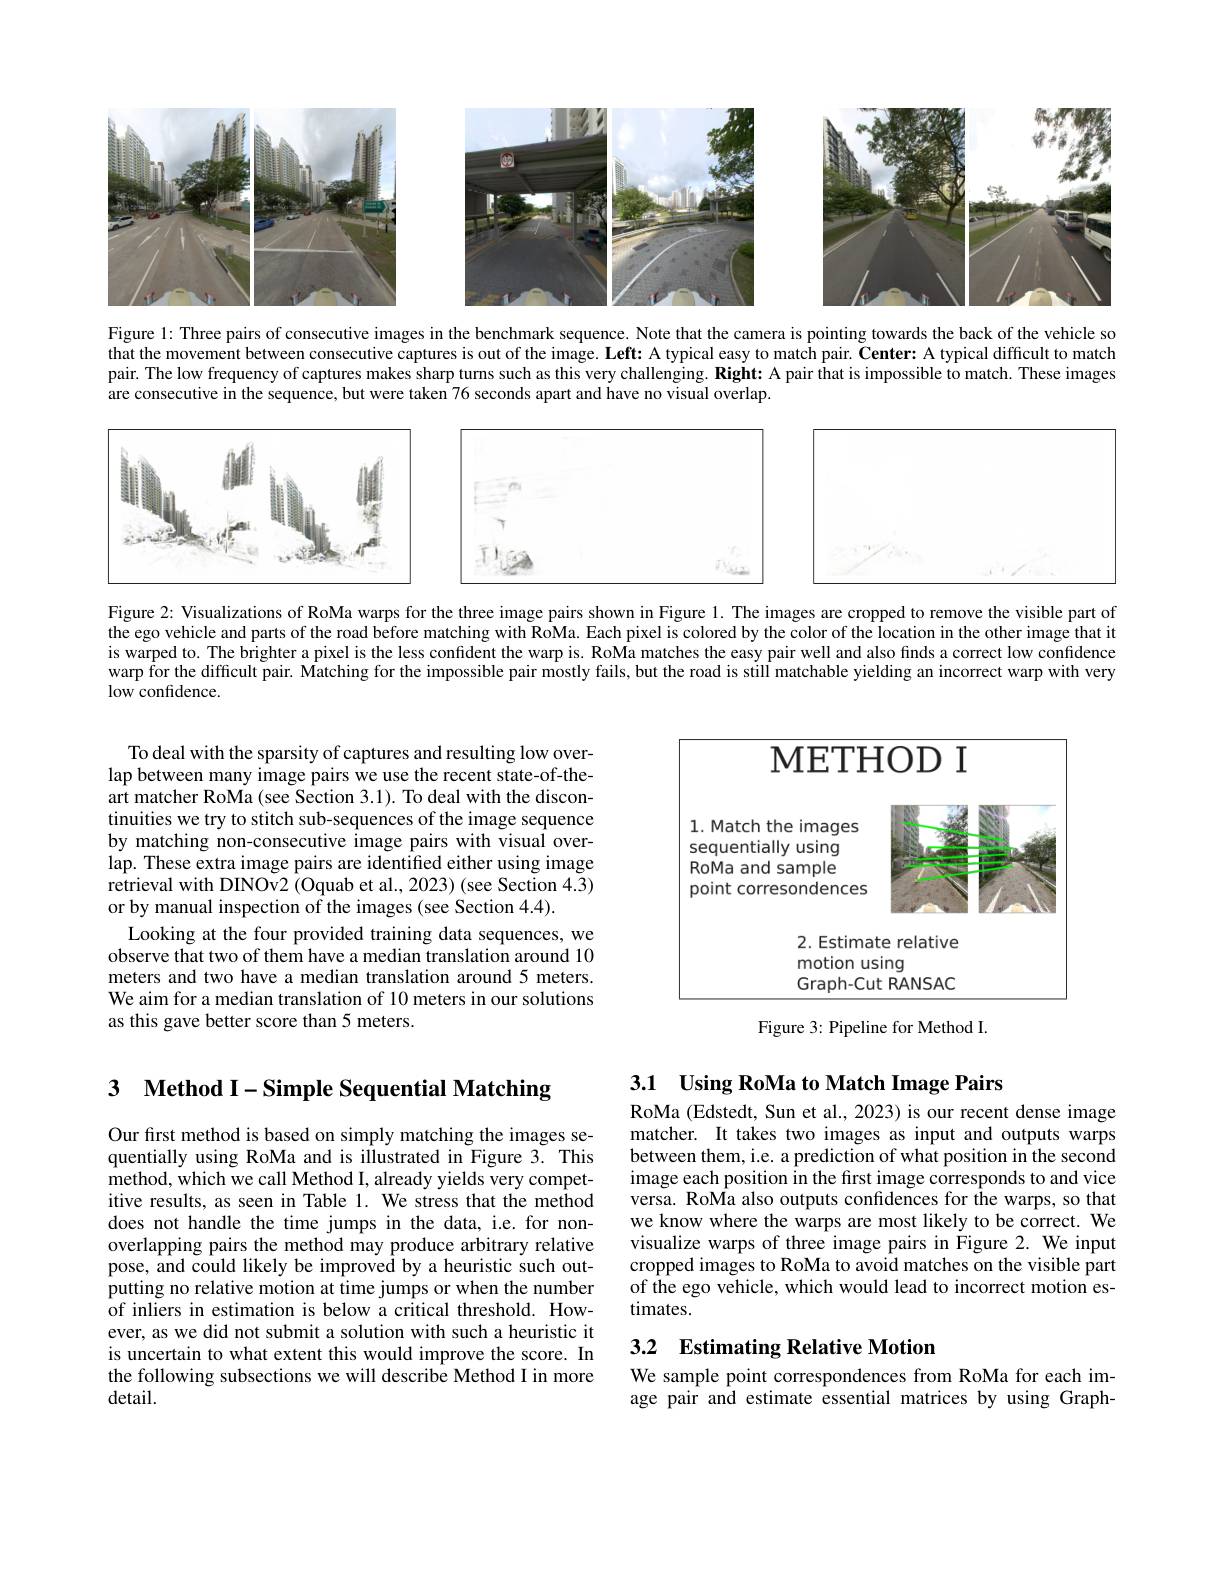
<FigureHere>

Figure l: Three pairs of consecutive images in the benchmark sequence. Note that the camera is pointing towards the back of the vehicle so that the movement between consecutive captures is out of the image. Left: A typical easy to match pair. Center: A typical difficult to match pair. The low frequency of captures makes sharp turns such as this very challenging. Right: A pair that is impossible to match. These images are consecutive in the sequence, but were taken 76 seconds apart and have no visual overlap.

<FigureHere>

Figure 2: Visualizations of RoMa warps for the three image pairs shown in Figure 1. The images are cropped to remove the visible part of the ego vehicle and parts of the road before matching with RoMa. Each pixel is colored by the color of the location in the other image that it is warped to. The brighter a pixel is the less confident the warp is. RoMa matches the easy pair well and also finds a correct low confidence warp for the difficult pair. Matching for the impossible pair mostly fails, but the road is still matchable yielding an incorrect warp with very low confidence.

<FigureHere>

To deal with the sparsity of captures and resulting low overlap between many image pairs we use the recent state-of-theart matcher RoMa (see Section 3.1). To deal with the discontinuities we try to stitch sub-sequences of the image sequence by matching non-consecutive image pairs with visual overlap. These extra image pairs are identified either using image retrieval with DINOv2 (Oquab et al., 2023) (see Section 4.3) or by manual inspection of the images (see Section 4.4).
Looking at the four provided training data sequences, we observe that two of them have a median translation around 10 meters and two have a median translation around 5 meters. We aim for a median translation of 10 meters in our solutions as this gave better score than 5 meters.

Figure 3: Pipeline for Method I.

3.1 Using RoMa to Match Image Pairs

3 $\textbf{Method I- Simple Sequential Matching}$

RoMa (Edstedt, Sun et al., 2023) is our recent dense image matcher. It takes two images as input and outputs warps between them, i.e. a prediction of what position in the second image each position in the first image corresponds to and vice versa. RoMa also outputs confdences for the warps, so that we know where the warps are most likely to be correct. We visualize warps of three image pairs in Figure 2. We input cropped images to RoMa to avoid matches on the visible part of the ego vehicle, which would lead to incorrect motion estimates.

Our first method is based on simply matching the images sequentially using RoMa and is illustrated in Figure 3. This method, which we call Method I, already yields very competitive results, as seen in Table 1. We stress that the method does not handle the time jumps in the data, i.e. for nonoverlapping pairs the method may produce arbitrary relative pose, and could likely be improved by a heuristic such outputting no relative motion at time jumps or when the number of inliers in estimation is below a critical threshold. However, as we did not submit a solution with such a heuristic it is uncertain to what extent this would improve the score. In the following subsections we will describe Method I in more $detail.$

# 3.2 Estimating Relative Motion We sample point correspondences from RoMa for each im-

age pair and estimate essential matrices by using Graph-